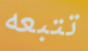
تتبعه